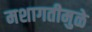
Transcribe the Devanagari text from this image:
मशागतीमुळे